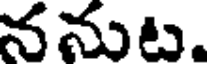
ననుట.